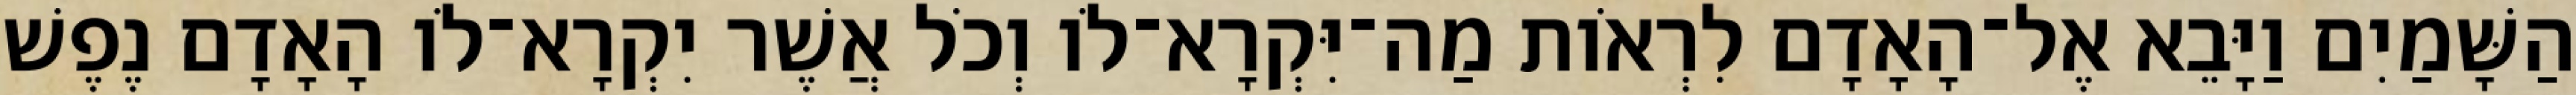
הַשָּׁמַיִם וַיָּבֵא אֶל־הָאָדָם לִרְאֹות מַה־יִּקְרָא־לֹו וְכֹל אֲשֶׁר יִקְרָא־לֹו הָאָדָם נֶפֶשׁ